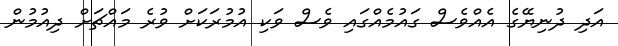
އަދި ދުނިޔޭގެ އެއްވެސް ގައުމެއްގައި ވެސް ވަކި އުމުރަކަށް ވުރެ މައްޗަށް ދިއުމުން